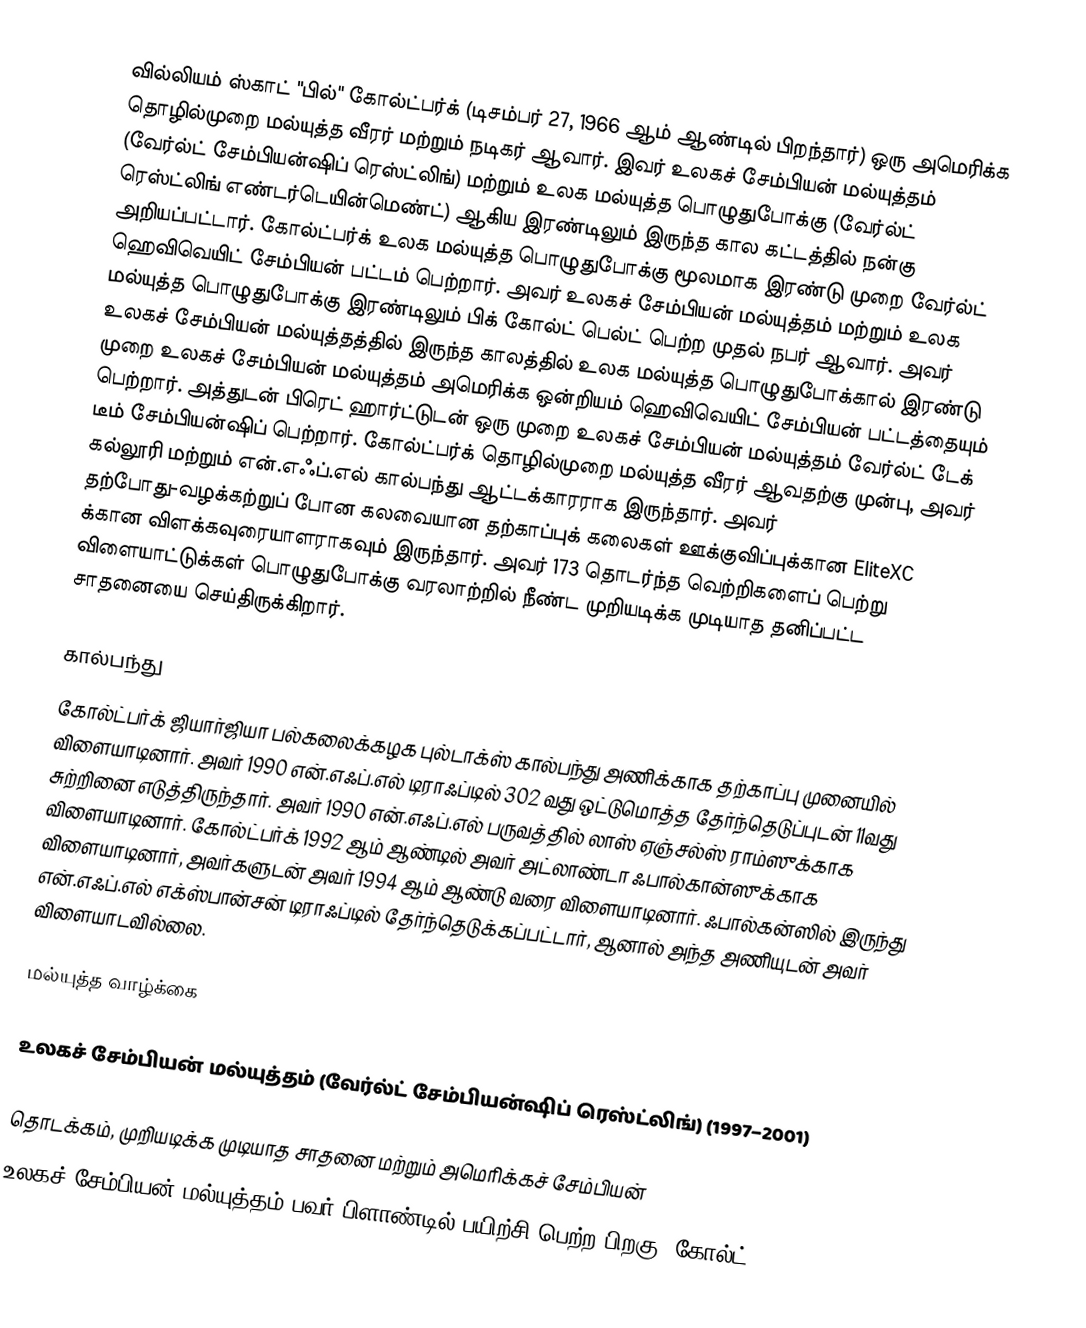
வில்லியம் ஸ்காட் "பில்" கோல்ட்பர்க்  (டிசம்பர் 27, 1966 ஆம் ஆண்டில் பிறந்தார்) ஒரு அமெரிக்க தொழில்முறை மல்யுத்த வீரர் மற்றும் நடிகர் ஆவார். இவர் உலகச் சேம்பியன் மல்யுத்தம் (வேர்ல்ட் சேம்பியன்ஷிப் ரெஸ்ட்லிங்) மற்றும் உலக மல்யுத்த பொழுதுபோக்கு (வேர்ல்ட் ரெஸ்ட்லிங் எண்டர்டெயின்மெண்ட்) ஆகிய இரண்டிலும் இருந்த கால கட்டத்தில் நன்கு அறியப்பட்டார். கோல்ட்பர்க் உலக மல்யுத்த பொழுதுபோக்கு மூலமாக இரண்டு முறை வேர்ல்ட் ஹெவிவெயிட் சேம்பியன் பட்டம் பெற்றார். அவர் உலகச் சேம்பியன் மல்யுத்தம் மற்றும் உலக மல்யுத்த பொழுதுபோக்கு இரண்டிலும் பிக் கோல்ட் பெல்ட் பெற்ற முதல் நபர் ஆவார். அவர் உலகச் சேம்பியன் மல்யுத்தத்தில் இருந்த காலத்தில் உலக மல்யுத்த பொழுதுபோக்கால் இரண்டு முறை உலகச் சேம்பியன் மல்யுத்தம் அமெரிக்க ஒன்றியம் ஹெவிவெயிட் சேம்பியன் பட்டத்தையும் பெற்றார். அத்துடன் பிரெட் ஹார்ட்டுடன் ஒரு முறை உலகச் சேம்பியன் மல்யுத்தம் வேர்ல்ட் டேக் டீம் சேம்பியன்ஷிப் பெற்றார். கோல்ட்பர்க் தொழில்முறை மல்யுத்த வீரர் ஆவதற்கு முன்பு, அவர் கல்லூரி மற்றும் என்.எஃப்.எல் கால்பந்து ஆட்டக்காரராக இருந்தார். அவர் தற்போது-வழக்கற்றுப் போன கலவையான தற்காப்புக் கலைகள் ஊக்குவிப்புக்கான EliteXC க்கான விளக்கவுரையாளராகவும் இருந்தார். அவர் 173 தொடர்ந்த வெற்றிகளைப் பெற்று விளையாட்டுக்கள் பொழுதுபோக்கு வரலாற்றில் நீண்ட முறியடிக்க முடியாத தனிப்பட்ட சாதனையை செய்திருக்கிறார்.

கால்பந்து
கோல்ட்பர்க் ஜியார்ஜியா பல்கலைக்கழக புல்டாக்ஸ் கால்பந்து அணிக்காக தற்காப்பு முனையில் விளையாடினார். அவர் 1990 என்.எஃப்.எல் டிராஃப்டில் 302 வது ஒட்டுமொத்த தேர்ந்தெடுப்புடன் 11வது சுற்றினை எடுத்திருந்தார். அவர் 1990 என்.எஃப்.எல் பருவத்தில் லாஸ் ஏஞ்சல்ஸ் ராம்ஸுக்காக விளையாடினார். கோல்ட்பர்க் 1992 ஆம் ஆண்டில் அவர் அட்லாண்டா ஃபால்கான்ஸுக்காக விளையாடினார், அவர்களுடன் அவர் 1994 ஆம் ஆண்டு வரை விளையாடினார். ஃபால்கன்ஸில் இருந்து என்.எஃப்.எல் எக்ஸ்பான்சன் டிராஃப்டில் தேர்ந்தெடுக்கப்பட்டார், ஆனால் அந்த அணியுடன் அவர் விளையாடவில்லை.

மல்யுத்த வாழ்க்கை

உலகச் சேம்பியன் மல்யுத்தம் (வேர்ல்ட் சேம்பியன்ஷிப் ரெஸ்ட்லிங்) (1997–2001)

தொடக்கம், முறியடிக்க முடியாத சாதனை மற்றும் அமெரிக்கச் சேம்பியன்
உலகச் சேம்பியன் மல்யுத்தம் பவர் பிளாண்டில் பயிற்சி பெற்ற பிறகு, கோல்ட்